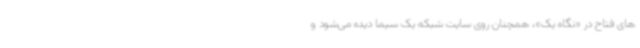
های فتاح در «نگاه یک»، همچنان روی سایت شبکه یک سیما دیده می‌شود و